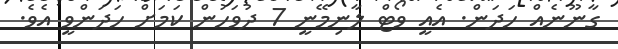
ގާނޫނެއް ހަދަން. އެއީ ވޯޓް ލާނިމޭނީ 7 ދުވަހުން ކަމަށް ހަދަންވީ އެވެ.